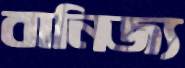
বানিজ্য